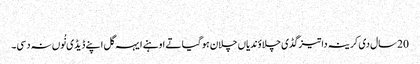
‏
20 سال دی کرینہ دا تیز گڈی چلاؤندیاں چلا‌ن ہو گیا تے اوہنے ایہہ گل اپنے ڈیڈی نُوں نہ دسی۔